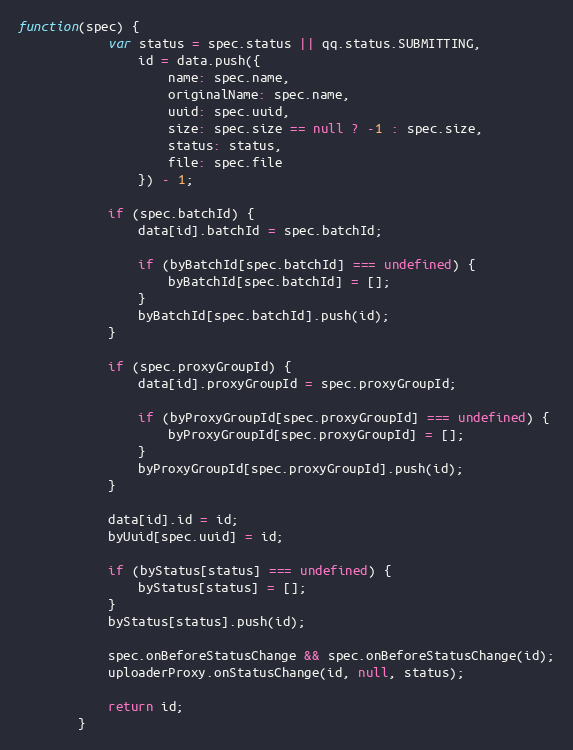
Language: JavaScript
function(spec) {
            var status = spec.status || qq.status.SUBMITTING,
                id = data.push({
                    name: spec.name,
                    originalName: spec.name,
                    uuid: spec.uuid,
                    size: spec.size == null ? -1 : spec.size,
                    status: status,
                    file: spec.file
                }) - 1;

            if (spec.batchId) {
                data[id].batchId = spec.batchId;

                if (byBatchId[spec.batchId] === undefined) {
                    byBatchId[spec.batchId] = [];
                }
                byBatchId[spec.batchId].push(id);
            }

            if (spec.proxyGroupId) {
                data[id].proxyGroupId = spec.proxyGroupId;

                if (byProxyGroupId[spec.proxyGroupId] === undefined) {
                    byProxyGroupId[spec.proxyGroupId] = [];
                }
                byProxyGroupId[spec.proxyGroupId].push(id);
            }

            data[id].id = id;
            byUuid[spec.uuid] = id;

            if (byStatus[status] === undefined) {
                byStatus[status] = [];
            }
            byStatus[status].push(id);

            spec.onBeforeStatusChange && spec.onBeforeStatusChange(id);
            uploaderProxy.onStatusChange(id, null, status);

            return id;
        }